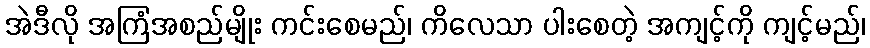
အဲဒီလို အကြံအစည်မျိုး ကင်းစေမည်၊ ကိလေသာ ပါးစေတဲ့ အကျင့်ကို ကျင့်မည်၊